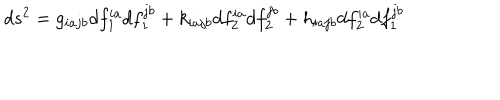
d s ^ { 2 } = g _ { i a j b } d f _ { 1 } ^ { i a } d f _ { 1 } ^ { j b } + k _ { i a j b } d f _ { 2 } ^ { i a } d f _ { 2 } ^ { j b } + h _ { i a j b } d f _ { 2 } ^ { i a } d f _ { 1 } ^ { j b }